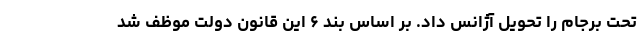
تحت برجام را تحویل آژانس داد. بر اساس بند ۶ این قانون دولت موظف شد